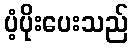
ပံ့ပိုးပေးသည်